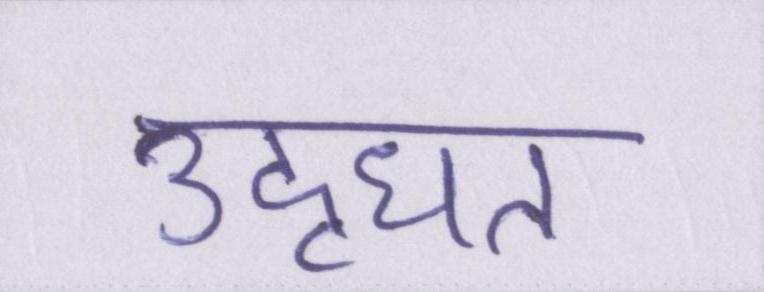
उद्धृत